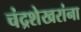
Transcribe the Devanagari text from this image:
चंद्रशेखरांना